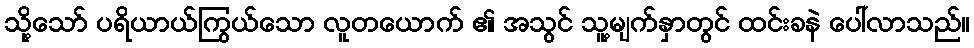
သို့သော် ပရိယာယ်ကြွယ်သော လူတယောက် ၏ အသွင် သူ့မျက်နှာတွင် ထင်းခနဲ ပေါ်လာသည်။